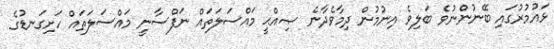
ޅައުމުރުގައި ބޭނުންނުވެ ބަލިވެ އިނުމުން ދިމާވެދާނެ ޞިއްޙީ މައްސަލަތައް ނަފްސާނީ މައްސަލަތައް ހަށިގަނޑުގެ